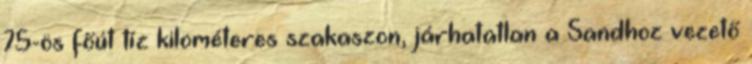
75-ös főút tíz kilométeres szakaszon, járhatatlan a Sandhoz vezető